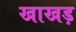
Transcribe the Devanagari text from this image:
खाखड़